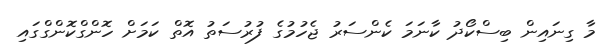
މާ ގިނައިން ބިސްކޯދު ކާނަމަ ކެންސަރު ޖެހުމުގެ ފުރުސަތު އޮތް ކަމަށް ހޮންގްކޮންގްގައި